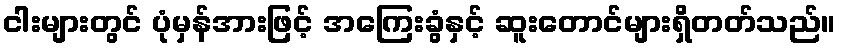
ငါးများတွင် ပုံမှန်အားဖြင့် အကြေးခွံနှင့် ဆူးတောင်များရှိတတ်သည်။